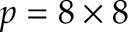
p = 8 \times 8